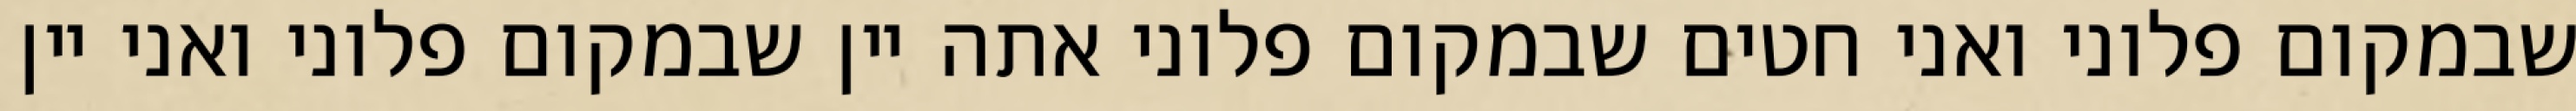
שבמקום פלוני ואני חטים שבמקום פלוני אתה יין שבמקום פלוני ואני יין